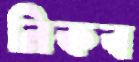
নিকব